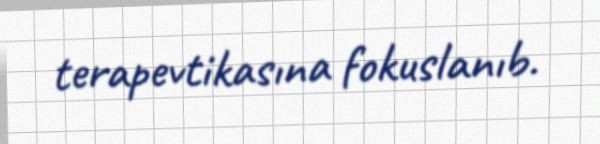
terapevtikasına fokuslanıb.